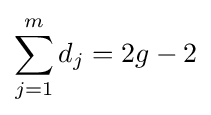
\sum _{j=1}^{m}d_{j}=2g-2